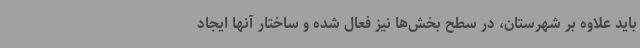
باید علاوه بر شهرستان، در سطح بخش‌ها نیز فعال شده و ساختار آنها ایجاد